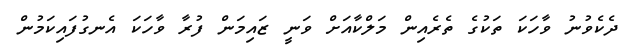
ދެކެވުނު ވާހަކަ ތަކުގެ ތެރެއިން މަލްކާއަށް ވަނީ ޒައިމަން ފުރާ ވާހަކަ އެނގުފައިކަމުން